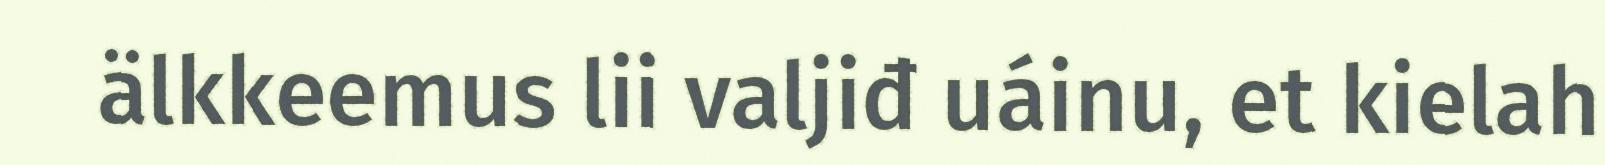
älkkeemus lii valjiđ uáinu, et kielah